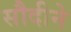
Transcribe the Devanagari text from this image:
सौदीने